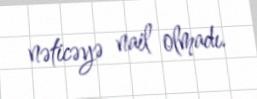
nəticəyə nail olmadı.